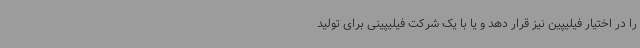
را در اختیار فیلیپین نیز قرار دهد و یا با یک شرکت فیلیپینی برای تولید